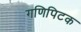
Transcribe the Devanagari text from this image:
गणिपिटक